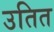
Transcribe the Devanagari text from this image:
उतित